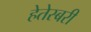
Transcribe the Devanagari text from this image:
हेतेस्बरी